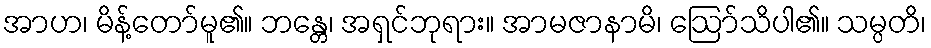
အာဟ၊ မိန့်တော်မူ၏။ ဘန္တေ၊ အရှင်ဘုရား။ အာမဇာနာမိ၊ ဩော်သိပါ၏။ သမ္ပတိ၊